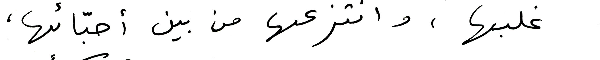
غلبها، وانتزعها من بين أحبّائها،